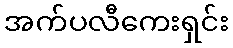
အက်ပလီကေးရှင်း